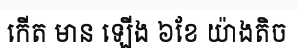
កើត មាន ឡើង ៦ខែ យ៉ាងតិច